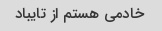
خادمی هستم از تایباد